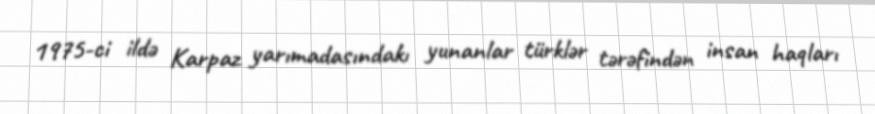
1975-ci ildə Karpaz yarımadasındakı yunanlar türklər tərəfindən insan haqları